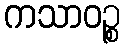
ကသာဝဉ္စ